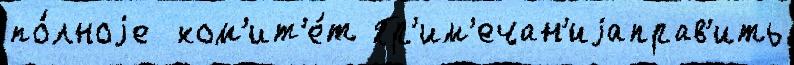
по́лноjе  ком'ит'е́т Пр'им'ечан'иjаправ'ить